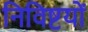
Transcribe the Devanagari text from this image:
निविष्टयों